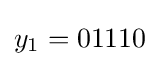
y_{1}=01110